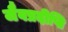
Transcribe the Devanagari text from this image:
जैवप्रदीप्ति